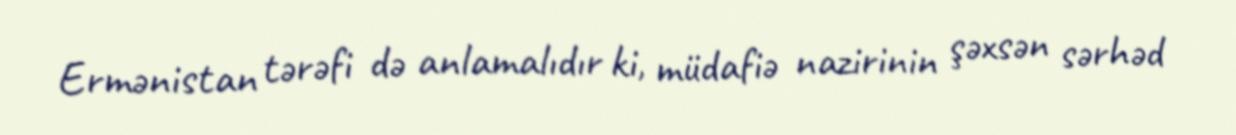
Ermənistan tərəfi də anlamalıdır ki, müdafiə nazirinin şəxsən sərhəd